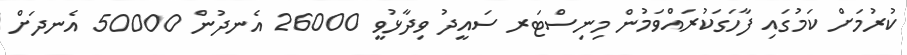
ކުރުމަށް ކަމުގައި ފާހަގަކުރައްވަމުން މިނިސްޓަރ ސައީދު ވިދާޅުވީ 26000 އެނދުން 50000 އެނދަށް